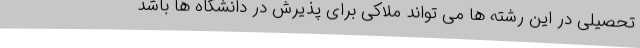
تحصیلی در این رشته ها می تواند ملاکی برای پذیرش در دانشگاه ها باشد